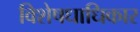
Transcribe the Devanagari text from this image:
विशेषधाधिकार